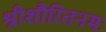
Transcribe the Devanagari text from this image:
श्रीशौरितनमः